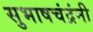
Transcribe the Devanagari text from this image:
सुभाषचंद्रंनी